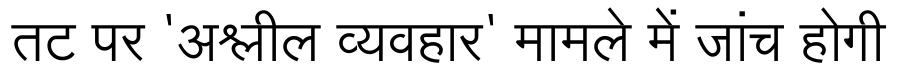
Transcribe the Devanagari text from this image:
तट पर 'अश्लील व्यवहार' मामले में जांच होगी